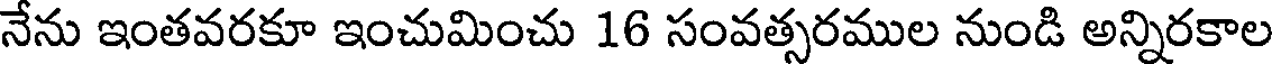
నేను ఇంతవరకూ ఇంచుమించు 16 సంవత్సరముల నుండి అన్నిరకాల